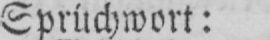
Sprüchwort: